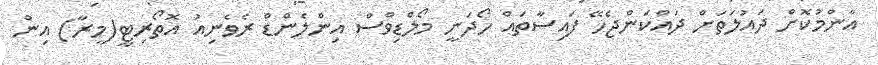
އާންމުކޮށް ދައުލަތަށް ދައްކަންޖެހޭ ފައިސާތައް ހޯދަނީ މޯލްޑިވްސް އިންލެންޑް ރެވެނިއު އޮތޯރިޓީ(މީރާ) އިން